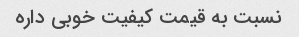
نسبت به قیمت کیفیت خوبی داره